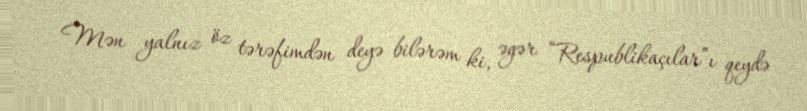
Mən yalnız öz tərəfimdən deyə bilərəm ki, əgər “Respublikaçılar”ı qeydə